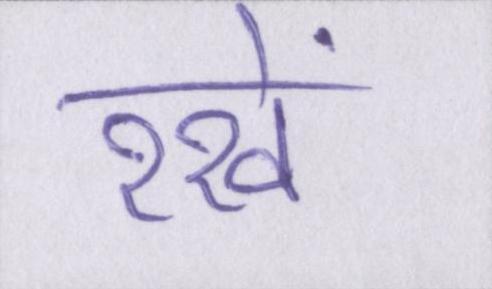
रखें